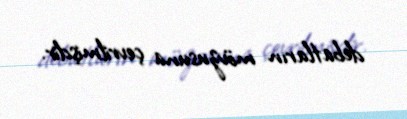
debatların mövzusuna çevrilmişdir.